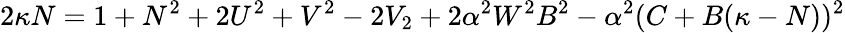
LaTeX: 2\kappa N=1+N^{2}+2U^{2}+V^{2}-2V_{2}+2\alpha^{2}W^{2}B^{2}-\alpha^{2}(C+B(\kappa-N))^{2}